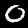
Label: 0